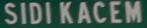
SIDI KACEM